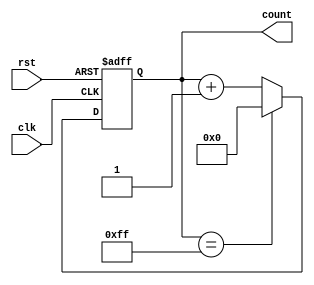
`timescale 1ns / 1ps
//////////////////////////////////////////////////////////////////////////////////
// Company: 
// Engineer: 
// 
// Design Name: 
// Module Name:    CoolHeatSystemUtils 
// Project Name: 
// Target Devices: 
// Tool versions: 
// Description: 
//
// Dependencies: 
//
// Revision: 
// Revision 0.01 - File Created
// Additional Comments: 
//
//////////////////////////////////////////////////////////////////////////////////
module Counter(
    input clk,
	 input rst,
    output reg [7:0] count
);
	initial count = 0;
	
	always @ ( posedge clk or posedge rst ) 
	begin
		if ( rst == 1'b1 ) count <= 0;
		else begin 
			if ( count == 8'b11111111 )
				count <= 0;
			else
				count <= count + 8'b00000001;
		end
	end

endmodule